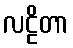
လဠိတာ